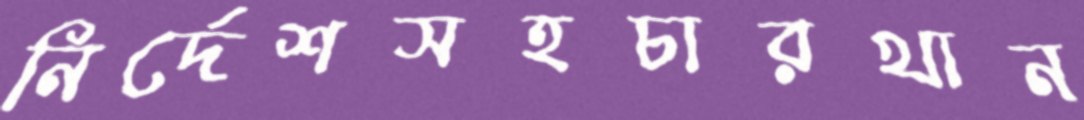
নির্দেশসহচারখান